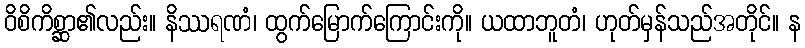
ဝိစိကိစ္ဆာ၏လည်း။ နိဿရဏံ၊ ထွက်မြောက်ကြောင်းကို။ ယထာဘူတံ၊ ဟုတ်မှန်သည်အတိုင်။ န